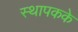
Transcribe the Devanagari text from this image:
स्थापकके